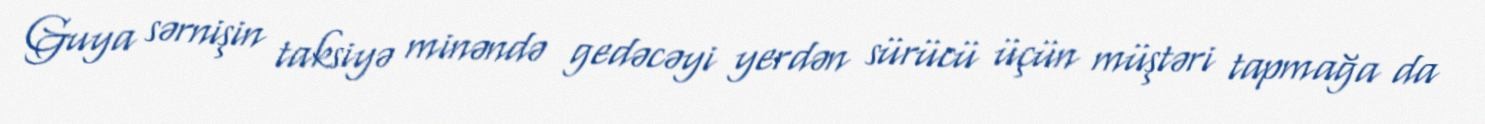
Guya sərnişin taksiyə minəndə gedəcəyi yerdən sürücü üçün müştəri tapmağa da